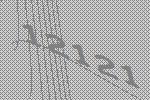
12121